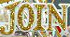
JOIN